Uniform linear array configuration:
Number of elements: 16
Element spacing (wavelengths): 0.25
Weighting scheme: kaiser
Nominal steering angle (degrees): -30
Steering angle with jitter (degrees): -30.014
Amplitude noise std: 0.05
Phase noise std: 0.05

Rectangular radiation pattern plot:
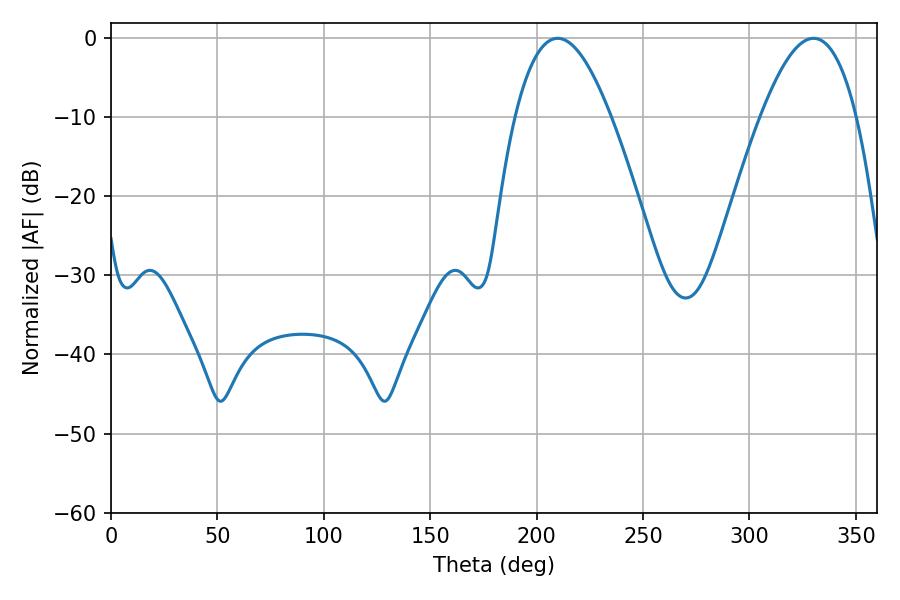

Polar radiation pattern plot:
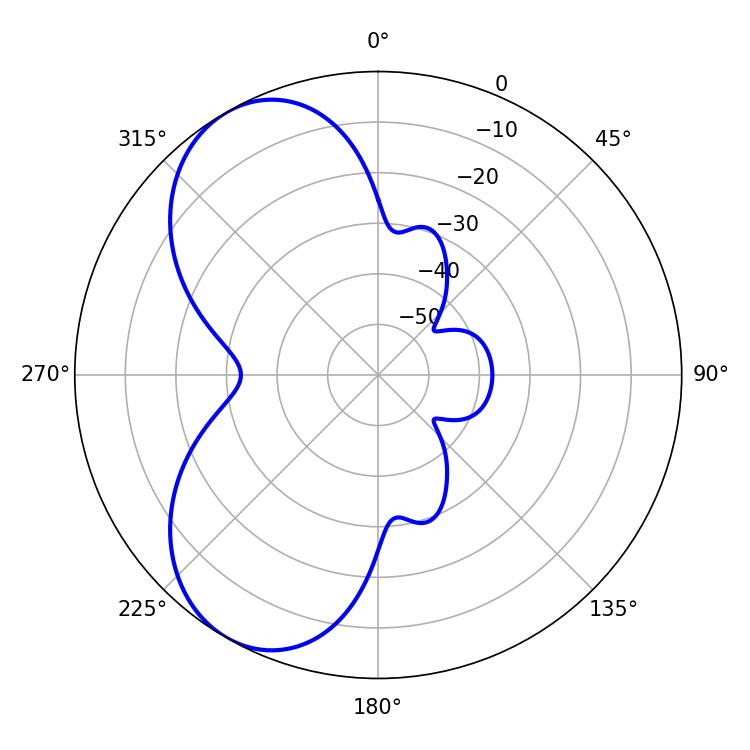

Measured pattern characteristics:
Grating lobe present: FALSE
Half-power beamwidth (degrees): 24.66
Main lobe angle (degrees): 209.88